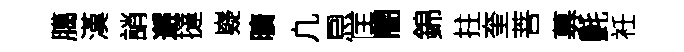
臈漢誚邂撻嶷曠凢㤙匡闇錦拄奎菩募㲲衽